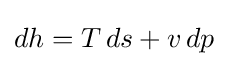
dh=T\,ds+v\,dp